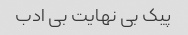
پیک بی نهایت بی ادب